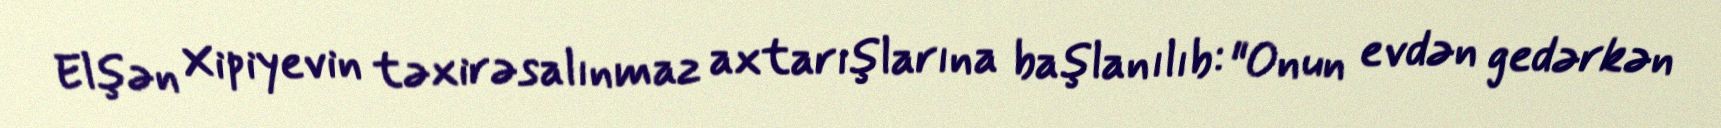
Elşən Xipiyevin təxirəsalınmaz axtarışlarına başlanılıb: "Onun evdən gedərkən